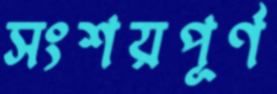
সংশয়পূর্ণ